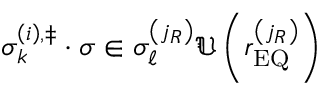
\sigma _ { k } ^ { \left( i \right) , \ddag } \cdot \sigma \in \sigma _ { \ell } ^ { \left( j _ { R } \right) } \mathfrak { U } \left( r _ { \mathrm { E Q } } ^ { \left( j _ { R } \right) } \right)